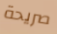
صريحة